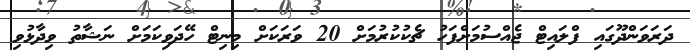
ދަރަވަންދޫގައި ފްލައިޓް ޖެއްސުމަށްފަހު ޗެކުކުރުމަށް 20 ވަރަކަށް މިނިޓް ހޭދަވިކަމަށް ނަޝާތު ވިދާޅުވި